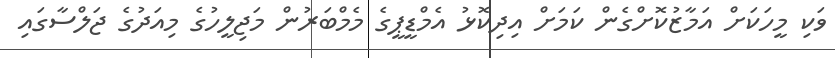
ވަކި މީހަކަށް އަމާޒުކޮށްގެން ކަމަށް އިދިކޮޅު އެމްޑީޕީގެ މެމްބަރުން މަޖިލީހުގެ މިއަދުގެ ޖަލްސާގައި